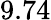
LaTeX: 9.74